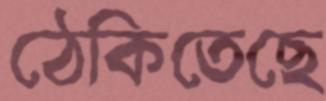
ঠেকিতেছে